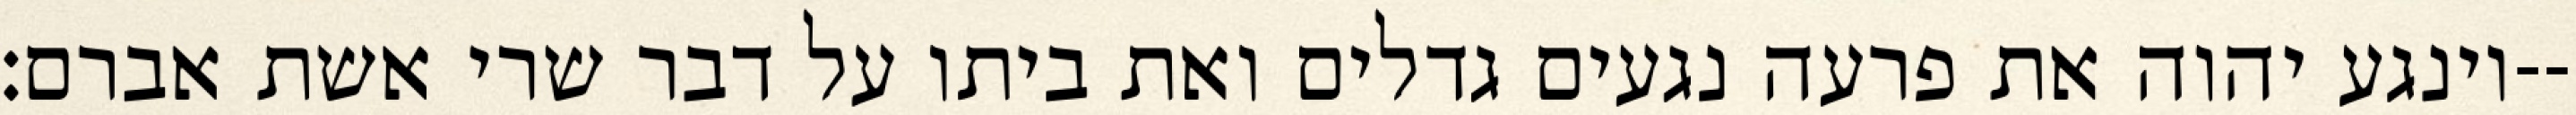
וינגע יהוה את פרעה נגעים גדלים ואת ביתו על דבר שרי אשת אברם׃--